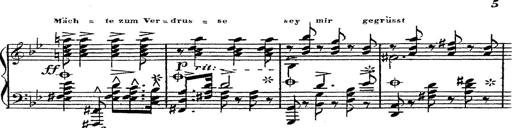
Title: 12 Lieder von Franz Schubert
Composer: Franz Liszt